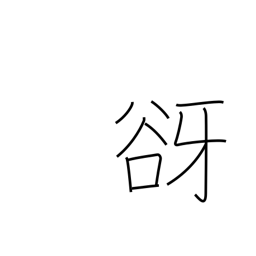
Meaning: tree spirit